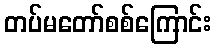
တပ်မတော်စစ်ကြောင်း